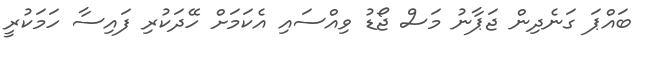
ބައްޕަ ގަނެދިން ޖަޕާނު މަސް ޖޯޑު ވިއްސައި އެކަމަށް ހޭދަކުރި ފައިސާ ހަމަކުރީ